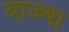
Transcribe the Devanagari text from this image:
याज्या